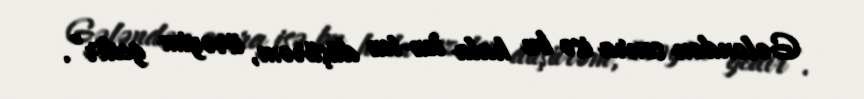
Gələndən sonra isə bu hala tez-tez düşürəm, ürəyim gedir”.